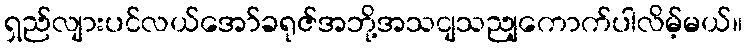
ရှည်လျားပင်လယ်အော်ခရုဇ်အဘို့အသငျသညျကောက်ပါလိမ့်မယ်။